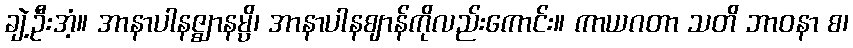
ချဲ့ဦးအံ့။ အာနာပါနဇ္ဈာနမ္ပိ၊ အာနာပါနဈာန်ကိုလည်းကောင်း။ ကာယဂတာ သတိ ဘာဝနာ စ၊